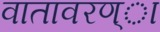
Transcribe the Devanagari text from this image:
वातावरण्ा